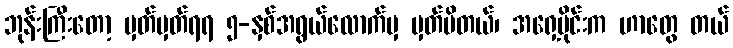
ဘုန်းကြီးတော့ မှတ်မှတ်ရရ ၅-နှစ်အရွယ်လောက်မှ မှတ်မိတယ်၊ အရှေ့ပိုင်းက ဟာတွေ တယ်